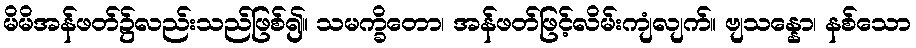
မိမိအန်ဖတ်၌လည်းသည်ဖြစ်၍။ သမက္ခိတော၊ အန်ဖတ်ဖြင့်လိမ်းကျံလျက်။ ဗျသန္နော၊ နစ်သော